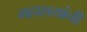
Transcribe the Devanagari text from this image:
महाशयांनी